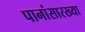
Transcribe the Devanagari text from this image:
पानांसारख्या